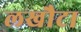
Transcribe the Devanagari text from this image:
लखौटा